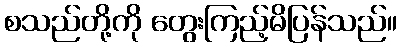
စသည်တို့ကို တွေးကြည့်မိပြန်သည်။